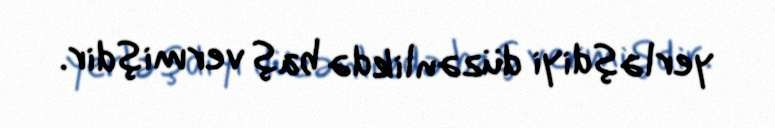
yerləşdiyi düzənlikdə baş vermişdir.